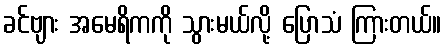
ခင်ဗျား အမေရိကကို သွားမယ်လို့ ပြောသံ ကြားတယ်။